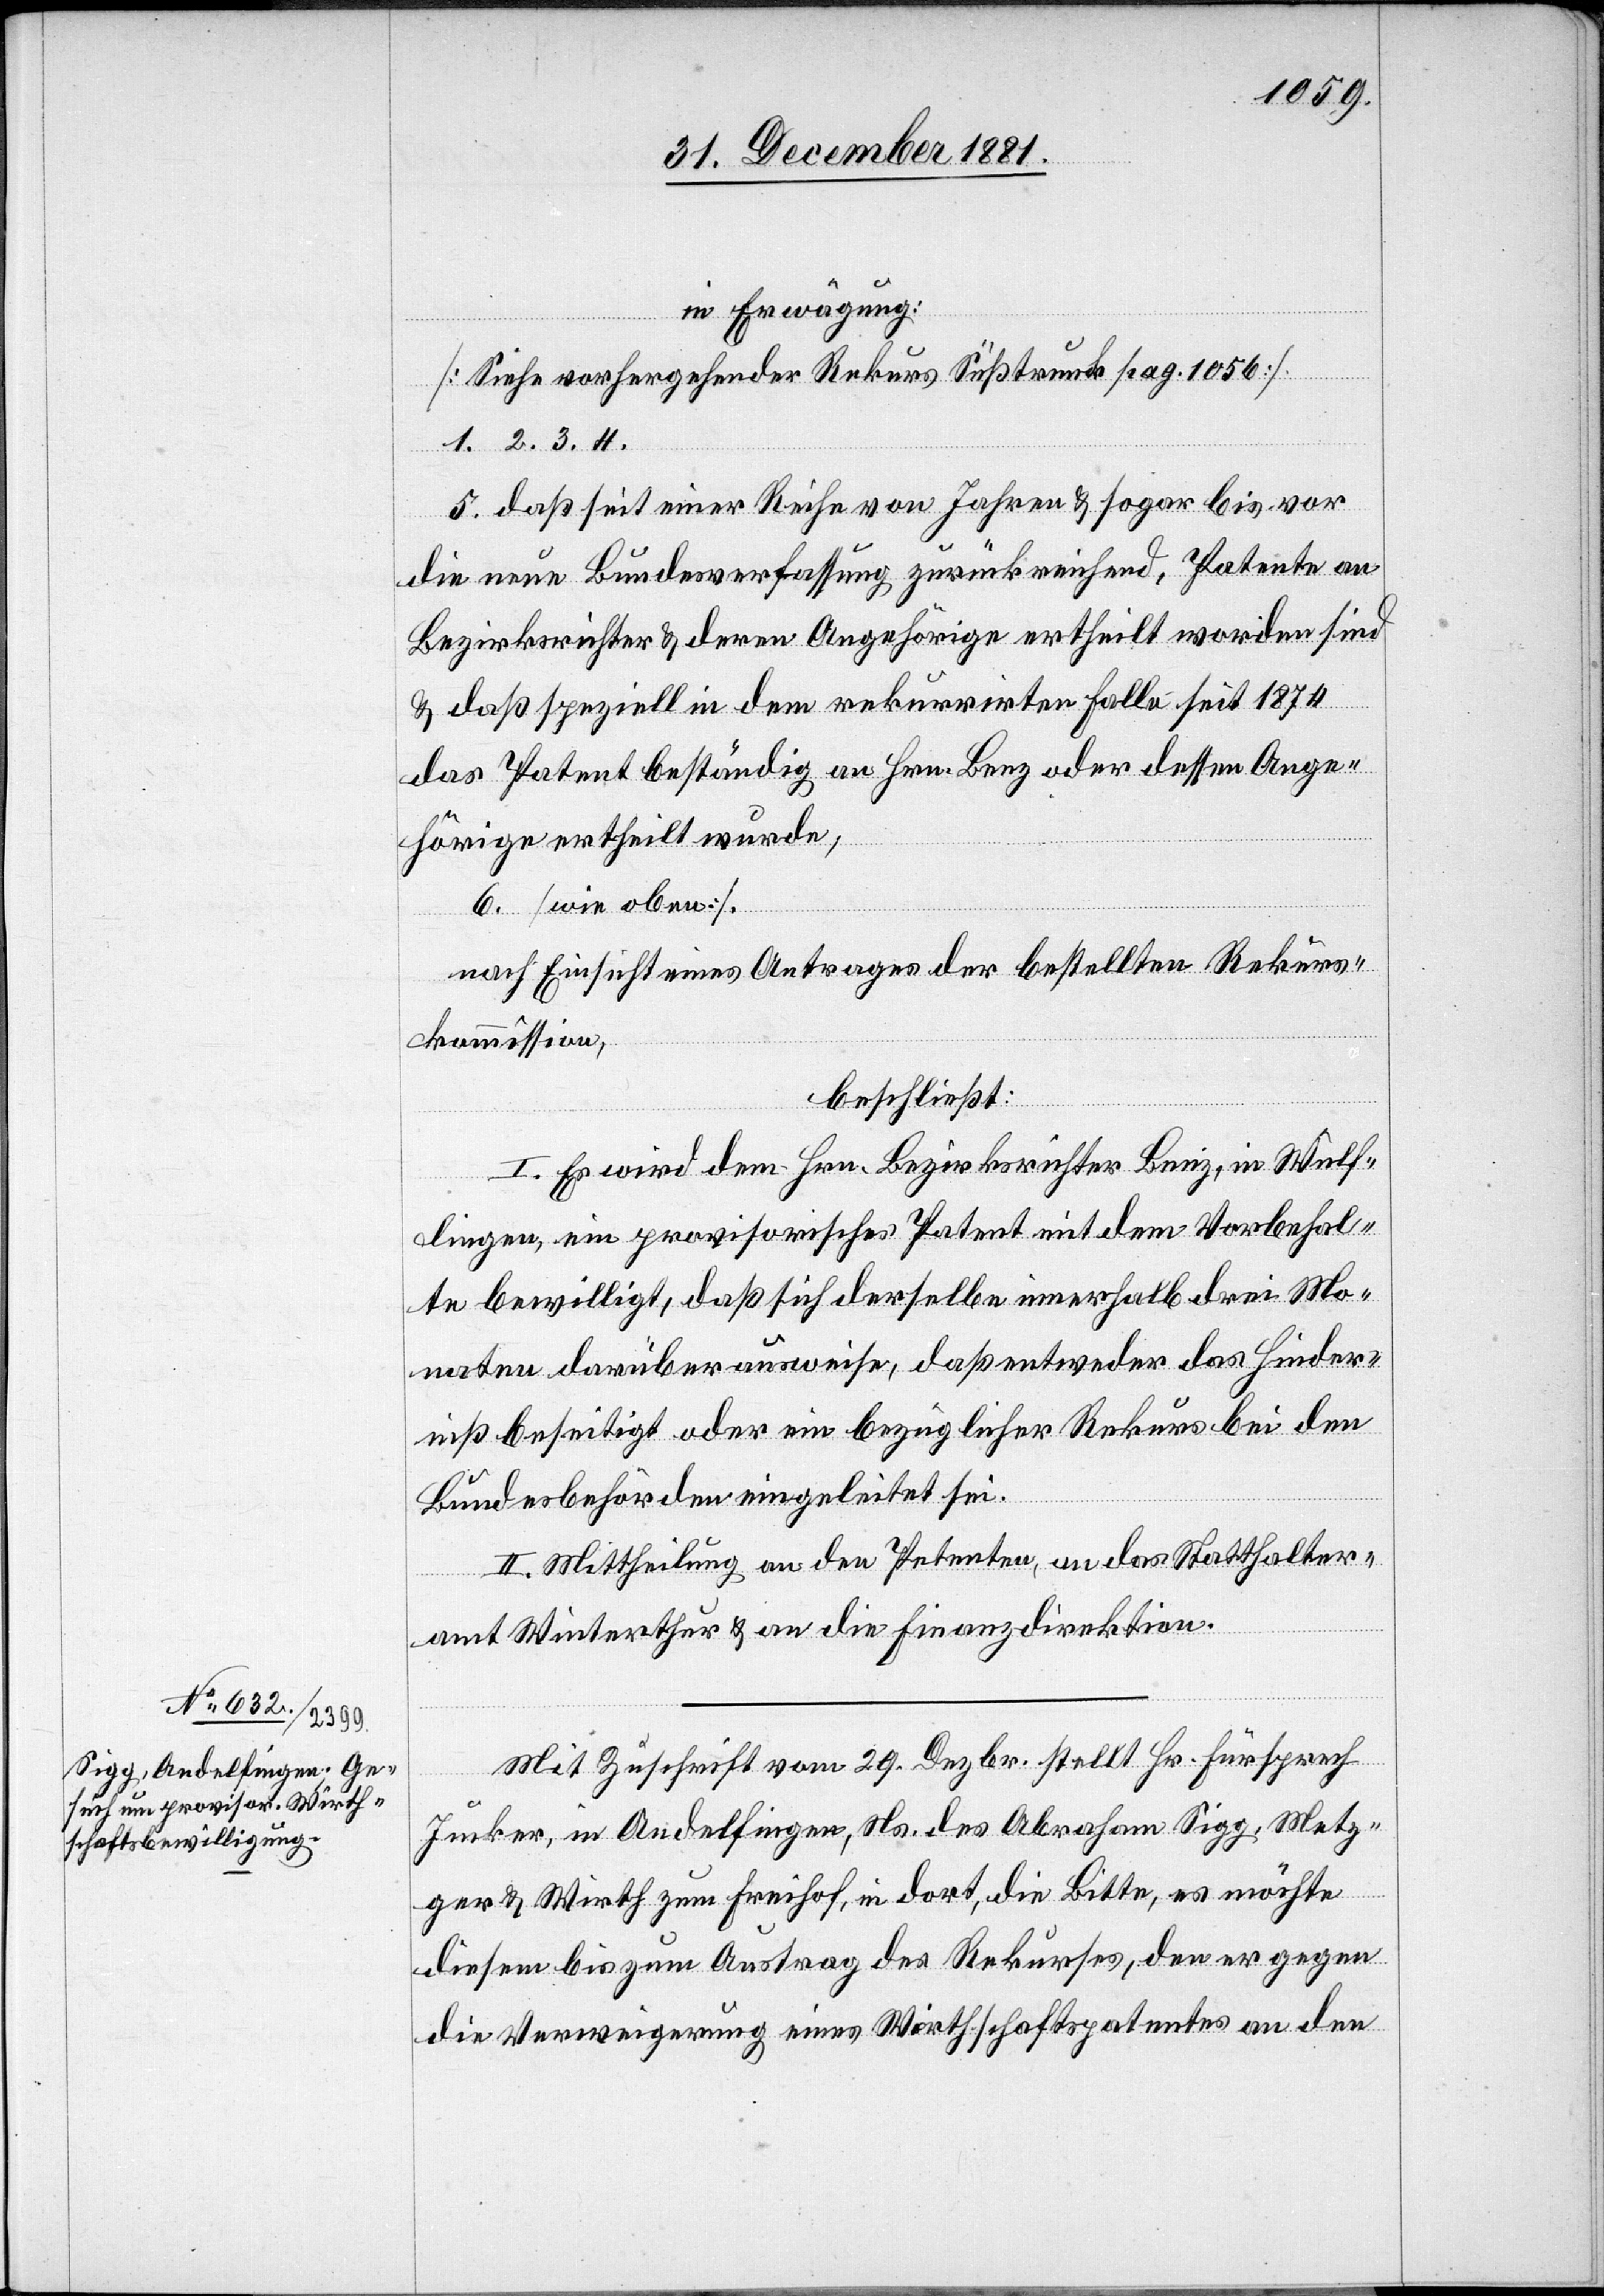
in Erwägung:
[Siehe vorhergehender Rekurs Süßtrunk pag. 1056].
5. daß seit einer Reihe von Jahren & sogar bis vor
die neue Bundesverfassung zurückreichend, Patente an
Bezirksrichter & deren Angehörige ertheilt worden sind
& daß speziell in dem rekurrirten Falle seit 1874
das Patent beständig an Hrn. Benz oder dessen Ange¬
hörige ertheilt wurde,
6. [wie oben],
nach Einsicht eines Antrages der bestellten Rekurs¬
kommission,
beschließt:
I. Es wird dem Hrn. Bezirksrichter Benz, in Wülf¬
lingen, ein provisorisches Patent mit dem Vorbehal¬
te bewilligt, daß sich derselbe innerhalb drei Mo¬
naten darüber ausweise, daß entweder das Hinder¬
niß beseitigt oder ein bezüglicher Rekurs bei den
Bundesbehörden eingeleitet sei.
II. Mittheilung an den Petenten, an das Statthalter¬
amt Winterthur & an die Finanzdirektion.
Mit Zuschrift vom 29. Dezbr. stellt Hr. Fürsprech
Jucker, in Andelfingen, Ns. des Abraham Sigg, Metz¬
ger & Wirth zum Freihof, in dort, die Bitte, es möchte
diesem bis zum Austrag des Rekurses, den er gegen
die Verweigerung eines Wirthschaftspatentes an den